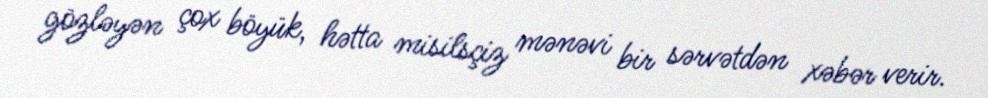
gözləyən çox böyük, hətta misilsçiz mənəvi bir sərvətdən xəbər verir.